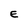
Character: E